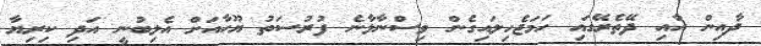
ދާއިން އާއި ދޭތެރޭގައި ހަމަޖެހިލައިގެން ވިސްނާލާނެ ފުރުސަތު ޔޫހާއަށް އެލިބުނީ އަދި ކިރިޔާ